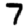
Digit: 7